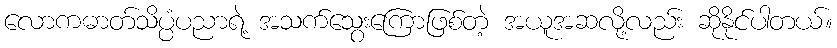
လောကဓာတ်သိပ္ပံပညာရဲ့ အသက်သွေးကြောဖြစ်တဲ့ အယူအဆလို့လည်း ဆိုနိုင်ပါတယ်။